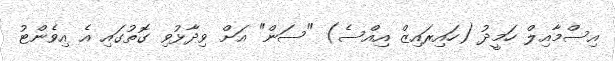
އިސްމާއިލް ހަމީދު (ހައިރައިޒް އިއްސެ) "ސަން" އަށް ވިދާޅުވި ގޮތުގައި އެ އިވެންޓު